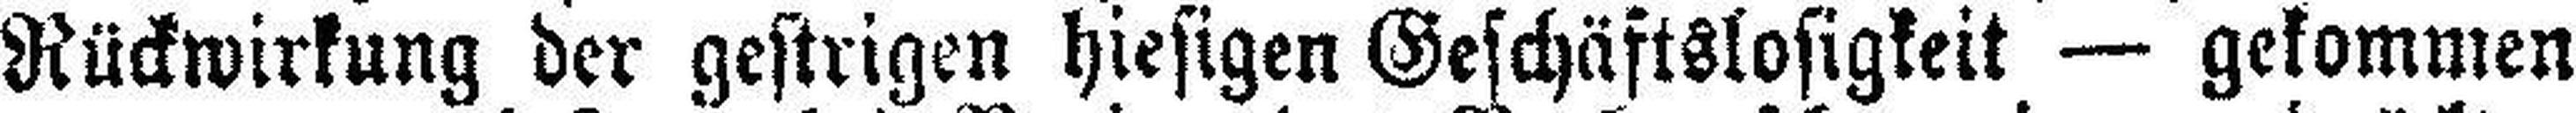
Rückwirkung der gestrigen hiesigen Geschäftslosigkeit — gekommen